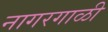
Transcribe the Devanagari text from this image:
नागरगाळी